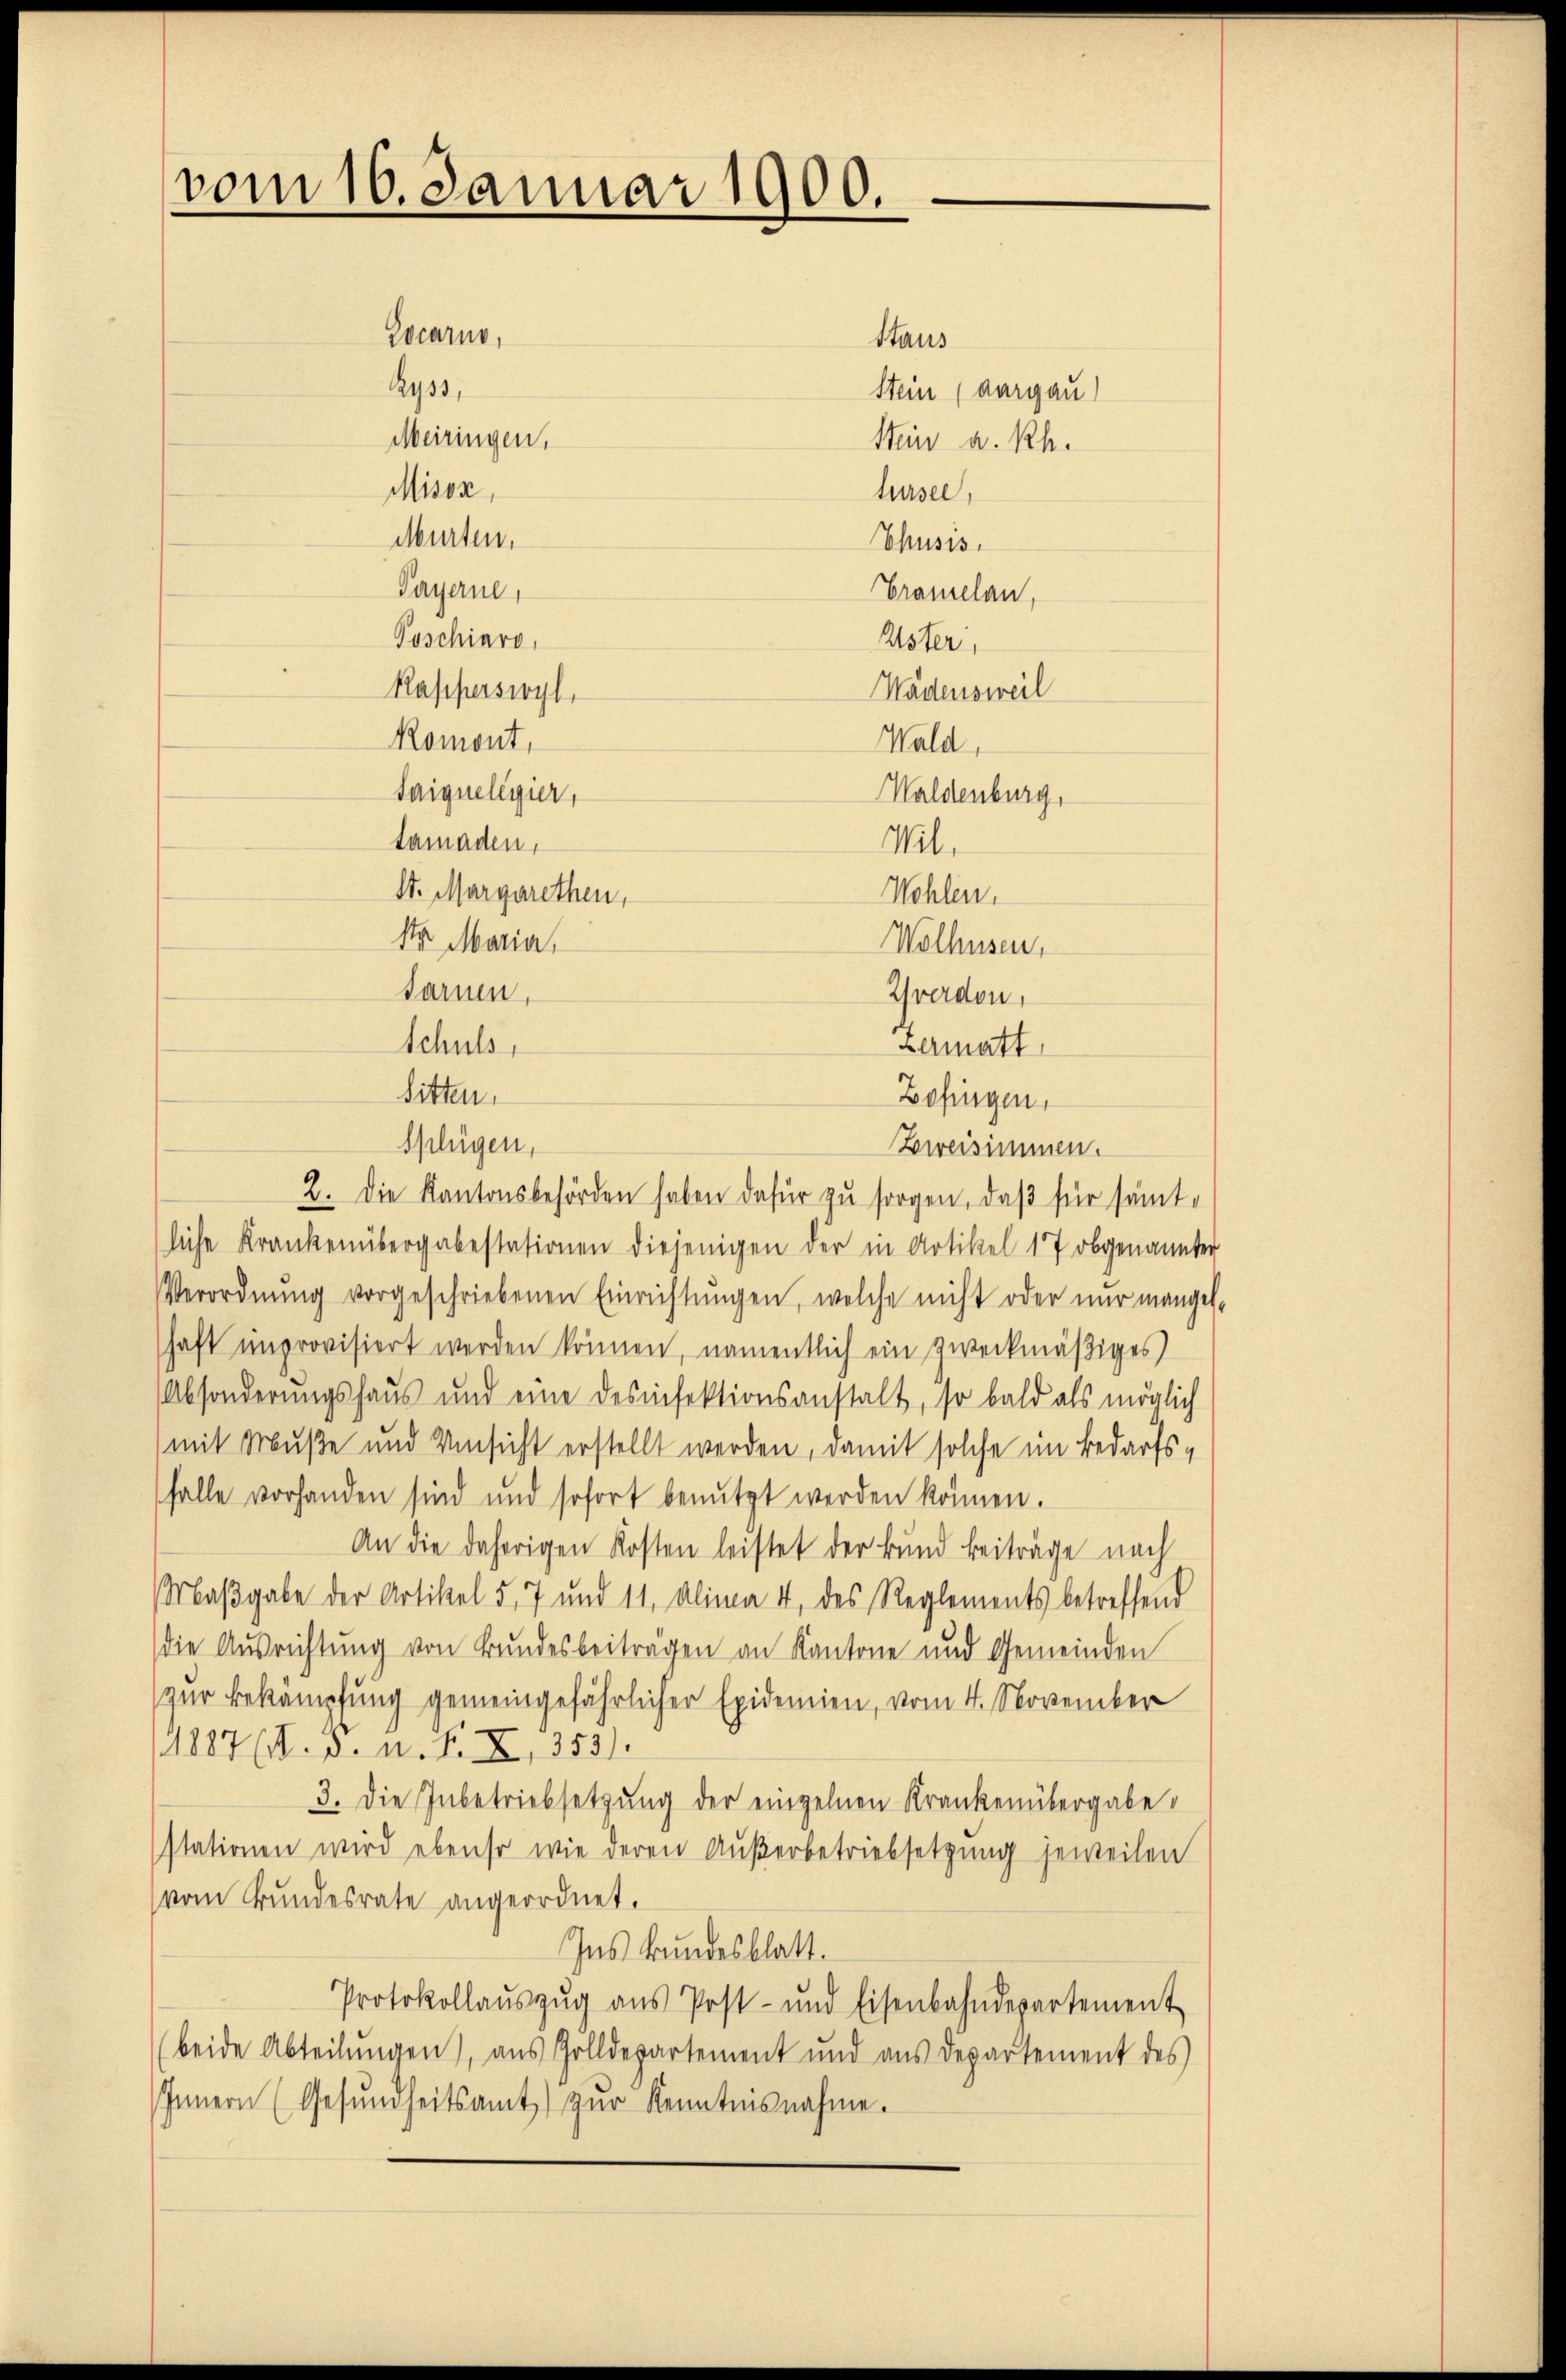
vom 16. Januar 1900.

Meiringen,
Misox,
Murten.

Zocarno,
Zyss,

Payerne,
Poschiero,
Rasperswyl,
Romont,
Saiqueligier,
tamaden,
St. Margarethen,
Nr Maria
sarnen,
Schuls,
Sitten.

Splügen,

Stein (Aargau)
Stein a. Rh.

Wädensweil
Wald,
Waldenburg,
Wil.
Wohlen.
Wolhusen,
Yverdon,

kermatt
Zofingen,
Zweisimmen.
2. Die Kantonsbehörden haben dafür zŭ sorgen, daβ für sämtliche Krankenübergabestationen diejenigen der in Artikel 17 obgenannter
Verordnŭng vorgeschriebenen Einrichtŭngen, welche nicht oder nur mangel-
haft unprovisiert werden können, namentlich ein zweckmäßiges
Absonderungshaus und eine desinfektionsanstalt, so bald als möglich
(mit Muße und Unsicht erstellt werden, damit solche im Bedarfsfalle vorhanden sind und sofort benŭtzt werden können.
An die daherigen Kosten leistet der Bund beiträge nach
Maβgabe der Artikel 5, 7 und 11. Alima 4 des Reglements betreffend
die Ausrichtung von Bundesbeitragen an Kantone und Gemeinden
(zur Bekämpfung gemeingefährlicher Epidemien, vom 4. November
1887 (N. 3. n. F. X, 353).
3. Die Inbetriebsetzung der einzelnen Krankenübergabe.
stationen wird ebenso wie deren Aŭβerbetriebsetzung jeweilen
vom Bundesrate angeordnet.
Ins kundesblatt.
Protokollaŭszŭg aŭs Post- und Eisenbahndepartement
beide Abteilŭngen), aus Zolldepartement und aus Departement des
Innern (Gesŭndheitsamt zŭr Kenntnisnahme.

Staus

hursee,
Chusis.
Cramelan,
Uster,